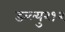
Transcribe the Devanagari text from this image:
डब्ल्यु२१२